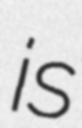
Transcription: is